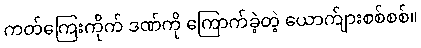
ကတ်ကြေးကိုက် ဒဏ်ကို ကြောက်ခဲ့တဲ့ ယောက်ျားစစ်စစ်။